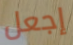
إجعل